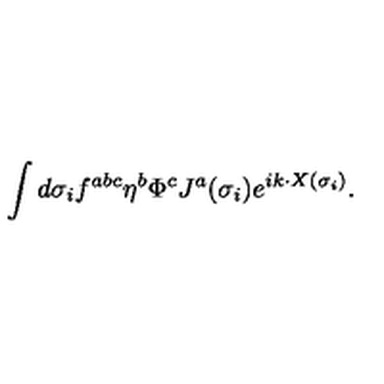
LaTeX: \int d \sigma _ { i } f ^ { a b c } \eta ^ { b } \Phi ^ { c } J ^ { a } ( \sigma _ { i } ) e ^ { i k \cdot X ( \sigma _ { i } ) } .